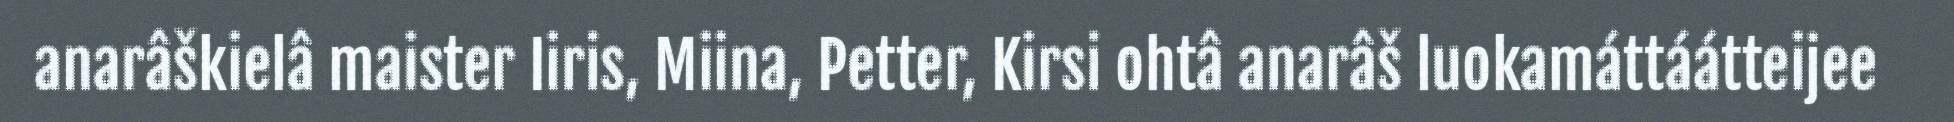
anarâškielâ maister Iiris, Miina, Petter, Kirsi ohtâ anarâš luokamáttáátteijee